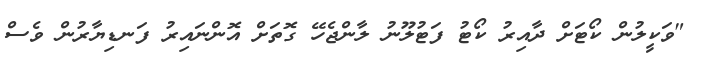
"ވަކީލުން ކޯޓަށް ދާއިރު ކޯޓު ފަޓުލޫނު ލާންޖެހޭ ގޮތަށް އޮންނައިރު ފަނޑިޔާރުން ވެސް